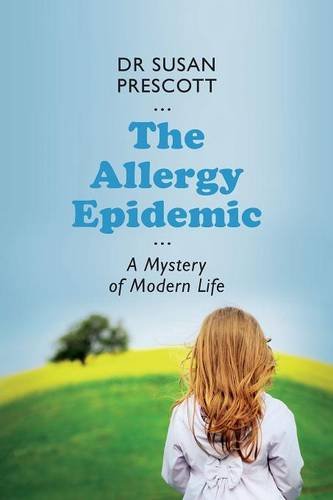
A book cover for The Allergy Epidemic: A Mystery of Modern Life; Susan Prescott; Health, Fitness & Dieting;